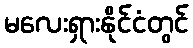
မလေးရှားနိုင်ငံတွင်